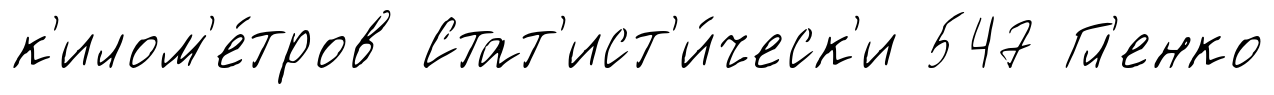
к'илом'е́тров Стат'ист'и́ческ'и 547 Гл'енко